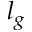
l _ { g }